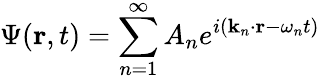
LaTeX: \Psi(\mathbf{r},t)=\sum_{n=1}^{\infty}A_{n}e^{i(\mathbf{k}_{n}\cdot\mathbf{r}-\omega_{n}t)}\,